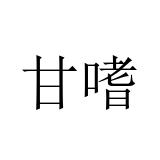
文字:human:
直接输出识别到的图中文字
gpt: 甘嗜